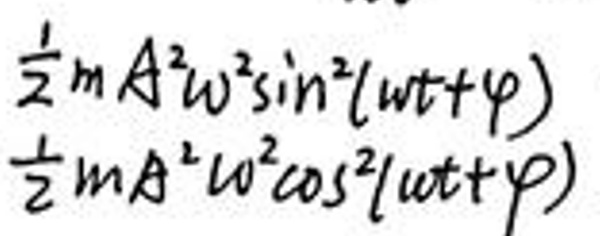
$\frac{1}{2}mA^{2}\omega^{2}\sin^{2}(\omega t + \varphi)$
$\frac{1}{2}mA^{2}\omega^{2}\cos^{2}(\omega t + \varphi)$